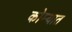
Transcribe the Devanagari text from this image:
कोम्यात